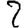
Digit: 2